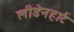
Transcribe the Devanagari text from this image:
लीडेनहार्ट